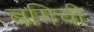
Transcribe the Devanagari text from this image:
बगिची